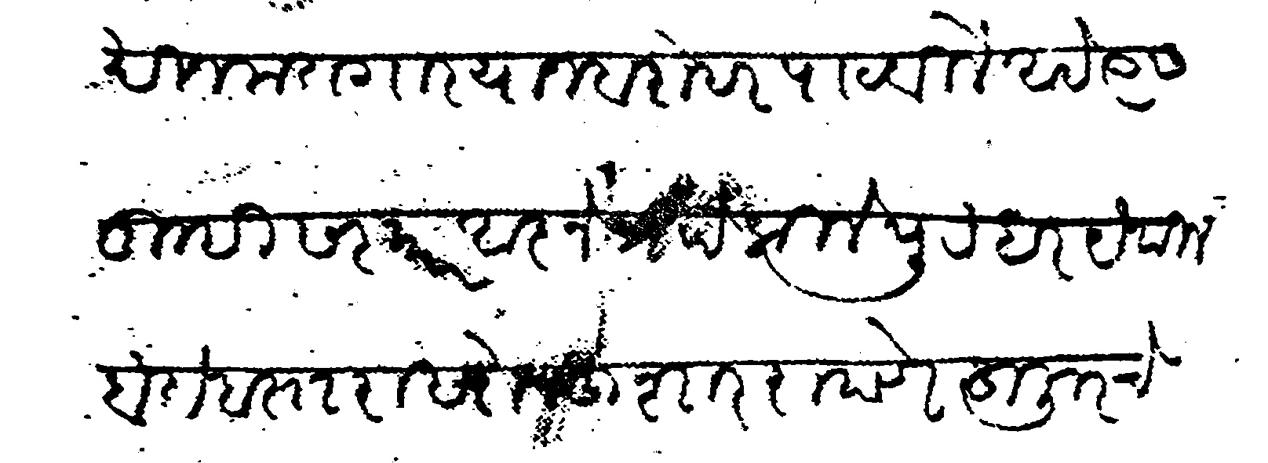
Transliteration (Devanagari): खिजमतगार याजबरोबर पाटविले आहे त्यास तुम्ही सरकार आज्ञेप्राो किले पुरंधर येथील बंदोबस्त राखोन हुशार राहाणे हुजुरचे